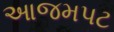
આજમપટ